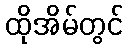
ထိုအိမ်တွင်